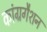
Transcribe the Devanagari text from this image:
कांग्रगैशन